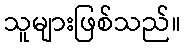
သူများဖြစ်သည်။